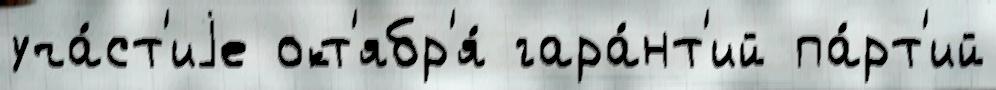
уча́ст'иjе окт'ябр'я́ гара́нт'ий па́рт'ий